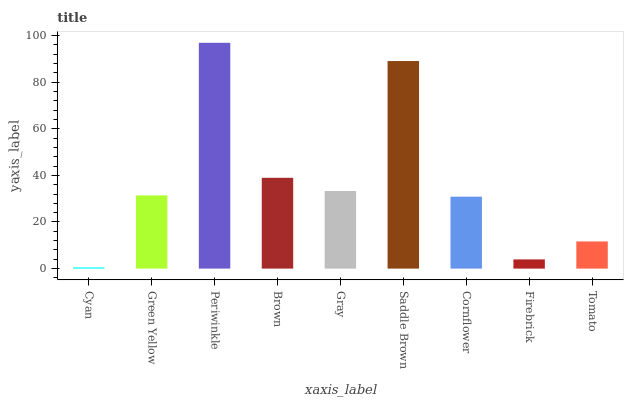
| xaxis_label | bars |
 | --- | --- |
 | Cyan | 0.519 |
 | Green Yellow | 31.4 |
 | Periwinkle | 96.9 |
 | Brown | 39 |
 | Gray | 33.3 |
 | Saddle Brown | 89.1 |
 | Cornflower | 30.9 |
 | Firebrick | 3.95 |
 | Tomato | 11.7 |